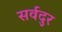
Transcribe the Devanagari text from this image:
सर्वदुर